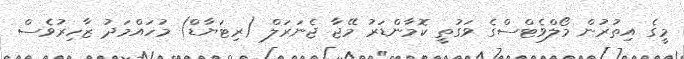
މީގެ އިތުރުން މޯލްވެޓްސްގެ ވަގުތީ ކޮމާންޑަރު މޭޖާ ޖެނަރަލް (ރިޓަޔާޑް) މުހައްމަދު ޒާހިރުވެސް